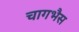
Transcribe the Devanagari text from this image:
चागभैस